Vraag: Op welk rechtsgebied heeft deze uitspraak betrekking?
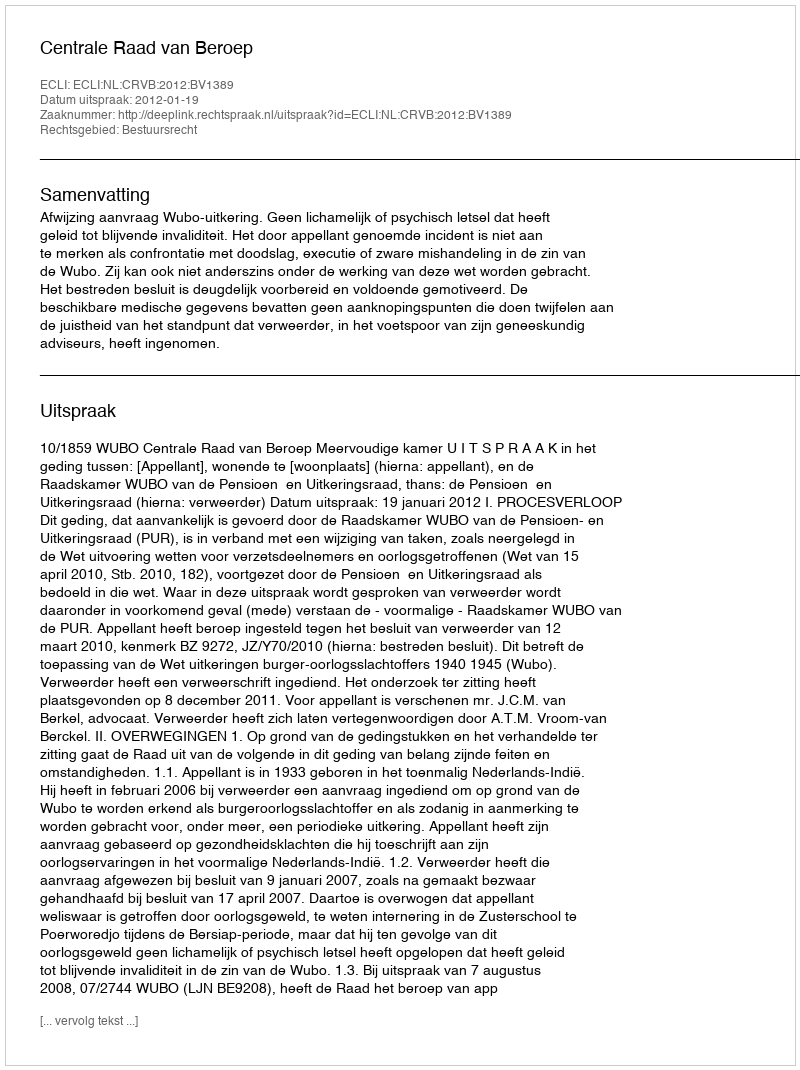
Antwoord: Bestuursrecht